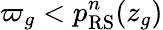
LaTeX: \varpi_{g}<p_{\mathrm{RS}}^{n}(z_{g})